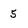
Character: 5